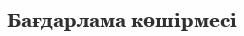
Бағдарлама көшірмесі